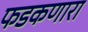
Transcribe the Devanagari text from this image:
फडकणारा